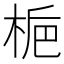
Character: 梔